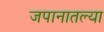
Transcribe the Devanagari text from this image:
जपानातल्या